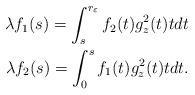
LaTeX: \begin{align*} \lambda f_1 (s) = \int_s^{r_\varepsilon} f_2 (t) g_z^2 (t) tdt \\ \lambda f_2 (s) = \int_0^s f_1 (t) g_z^2 (t) tdt. \end{align*}